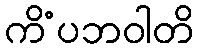
ကိံပဘဝါတိ